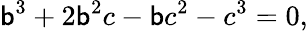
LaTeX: \mathsf{b}^{3}+2\mathsf{b}^{2}c-\mathsf{b}c^{2}-c^{3}=0,